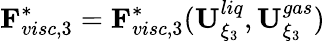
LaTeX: \mathbf{F}_{visc,3}^{*}=\mathbf{F}_{visc,3}^{*}(\mathbf{U}_{\xi_{3}}^{liq},\mathbf{U}_{\xi_{3}}^{gas})